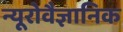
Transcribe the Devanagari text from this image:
न्यूरोवैज्ञानिक